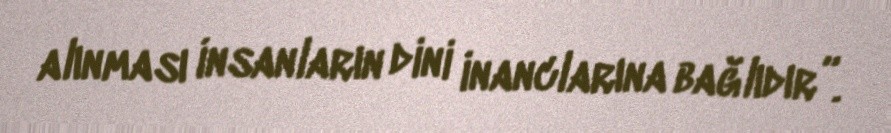
alınması insanların dini inanclarına bağlıdır”.